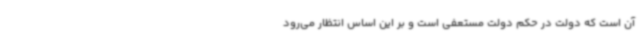
آن است که دولت در حکم دولت مستعفی است و بر این اساس انتظار می‌رود